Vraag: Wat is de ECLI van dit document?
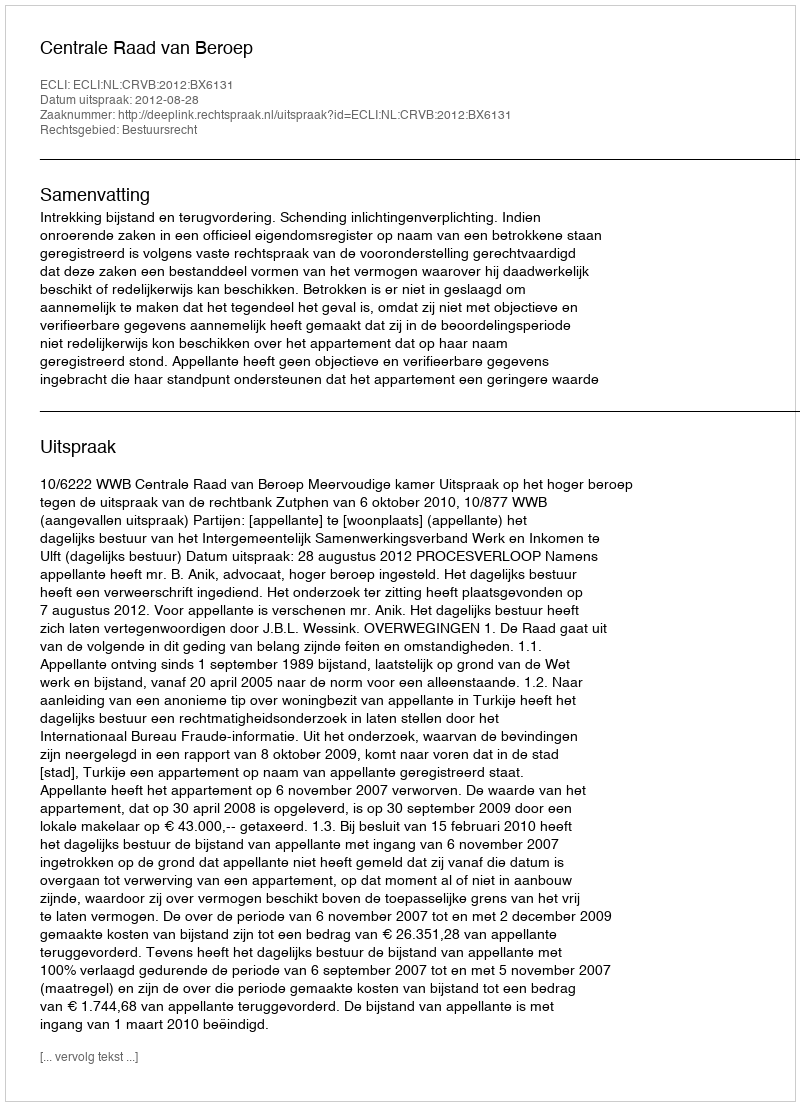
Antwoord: ECLI:NL:CRVB:2012:BX6131